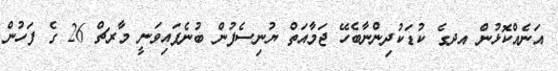
އަނެއްކޮޅުން އދގެ ކުޑަކުދިންނާބެހޭ ޖަމާއަތް ޔުނިސެފުން ބުނެފައިވަނީ މާރޗް 26 ގެ ފަހުން